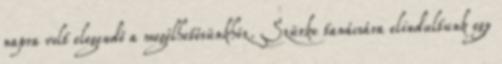
napra volt elegendő a megélhetésünkhöz. Szürke tanácsára elindultunk egy